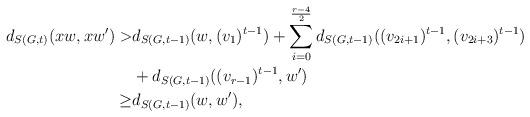
LaTeX: \begin{align*}d_{S(G,t)}(xw,xw')>&d_{S(G,t-1)}(w,(v_1)^{t-1})+\sum_{i=0}^{\frac{r-4}{2}}d_{S(G,t-1)}((v_{2i+1})^{t-1},(v_{2i+3})^{t-1})\\&+d_{S(G,t-1)}((v_{r-1})^{t-1},w')\\\ge& d_{S(G,t-1)}(w,w') ,\end{align*}